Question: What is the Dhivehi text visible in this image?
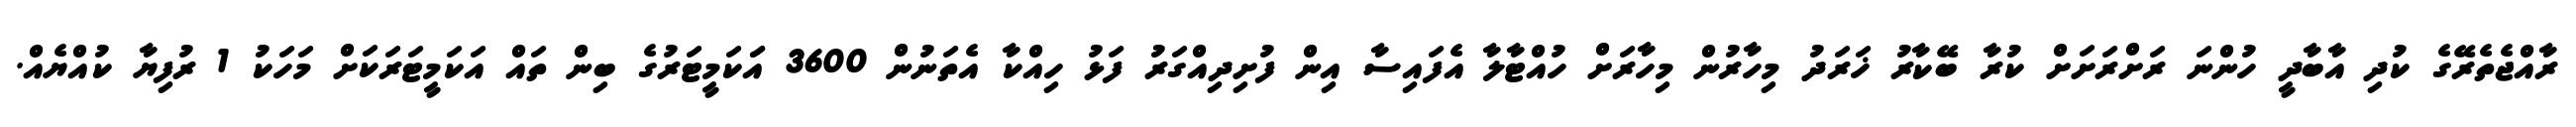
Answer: ރާއްޖެތެރޭގެ ކުދި އާބާދީ ހުންނަ ރަށްރަށަށް ކުރާ ބޭކާރު ޚަރަދު މިހާރުން މިހާރަށް ހުއްޓާލާ އެފައިސާ އިން ފުށިދިއްގަރު ފަޅު ހިއްކާ އެތަނުން 3600 އަަކަމީޓަރުގެ ބިން ތައް އަކަމީޓަރަކަށް މަހަކު 1 ރުފިޔާ ކުއްޔެއް.